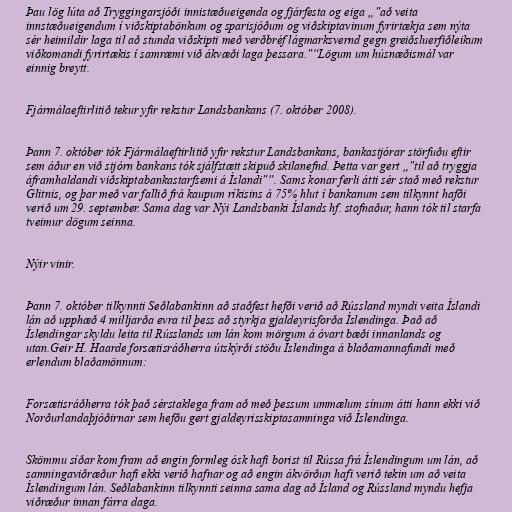
Þau lög lúta að Tryggingarsjóði innistæðueigenda og fjárfesta og eiga „"að veita
innstæðueigendum í viðskiptabönkum og sparisjóðum og viðskiptavinum fyrirtækja sem nýta
sér heimildir laga til að stunda viðskipti með verðbréf lágmarksvernd gegn greiðsluerfiðleikum
viðkomandi fyrirtækis í samræmi við ákvæði laga þessara."“Lögum um húsnæðismál var
einnig breytt.

Fjármálaeftirlitið tekur yfir rekstur Landsbankans (7. október 2008).

Þann 7. október tók Fjármálaeftirlitið yfir rekstur Landsbankans, bankastjórar störfuðu eftir
sem áður en við stjórn bankans tók sjálfstætt skipuð skilanefnd. Þetta var gert „"til að tryggja
áframhaldandi viðskiptabankastarfsemi á Íslandi"”. Sams konar ferli átti sér stað með rekstur
Glitnis, og þar með var fallið frá kaupum ríkisins á 75% hlut í bankanum sem tilkynnt hafði
verið um 29. september. Sama dag var Nýi Landsbanki Íslands hf. stofnaður, hann tók til starfa
tveimur dögum seinna.

Nýir vinir.

Þann 7. október tilkynnti Seðlabankinn að staðfest hefði verið að Rússland myndi veita Íslandi
lán að upphæð 4 milljarða evra til þess að styrkja gjaldeyrisforða Íslendinga. Það að
Íslendingar skyldu leita til Rússlands um lán kom mörgum á óvart bæði innanlands og
utan.Geir H. Haarde forsætisráðherra útskýrði stöðu Íslendinga á blaðamannafundi með
erlendum blaðamönnum:

Forsætisráðherra tók það sérstaklega fram að með þessum ummælum sínum átti hann ekki við
Norðurlandaþjóðirnar sem hefðu gert gjaldeyrisskiptasamninga við Íslendinga.

Skömmu síðar kom fram að engin formleg ósk hafi borist til Rússa frá Íslendingum um lán, að
samningaviðræður hafi ekki verið hafnar og að engin ákvörðun hafi verið tekin um að veita
Íslendingum lán. Seðlabankinn tilkynnti seinna sama dag að Ísland og Rússland myndu hefja
viðræður innan fárra daga.